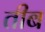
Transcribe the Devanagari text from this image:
तीब